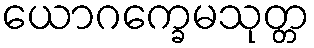
ယောဂက္ခေမသုတ္တ